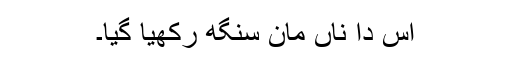
اس دا ناں مان سنگھ رکھیا گیا۔